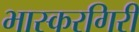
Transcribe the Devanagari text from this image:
भास्करगिरी